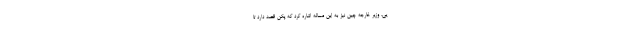
یی، وزیر خارجه چین نیز به این مساله اشاره کرد که پکن قصد دارد تا